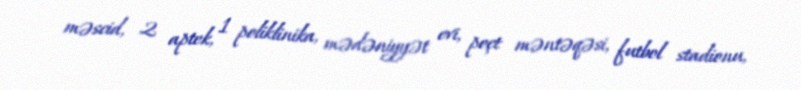
məscid, 2 aptek, 1 poliklinika, mədəniyyət evi, poçt məntəqəsi, futbol stadionu,